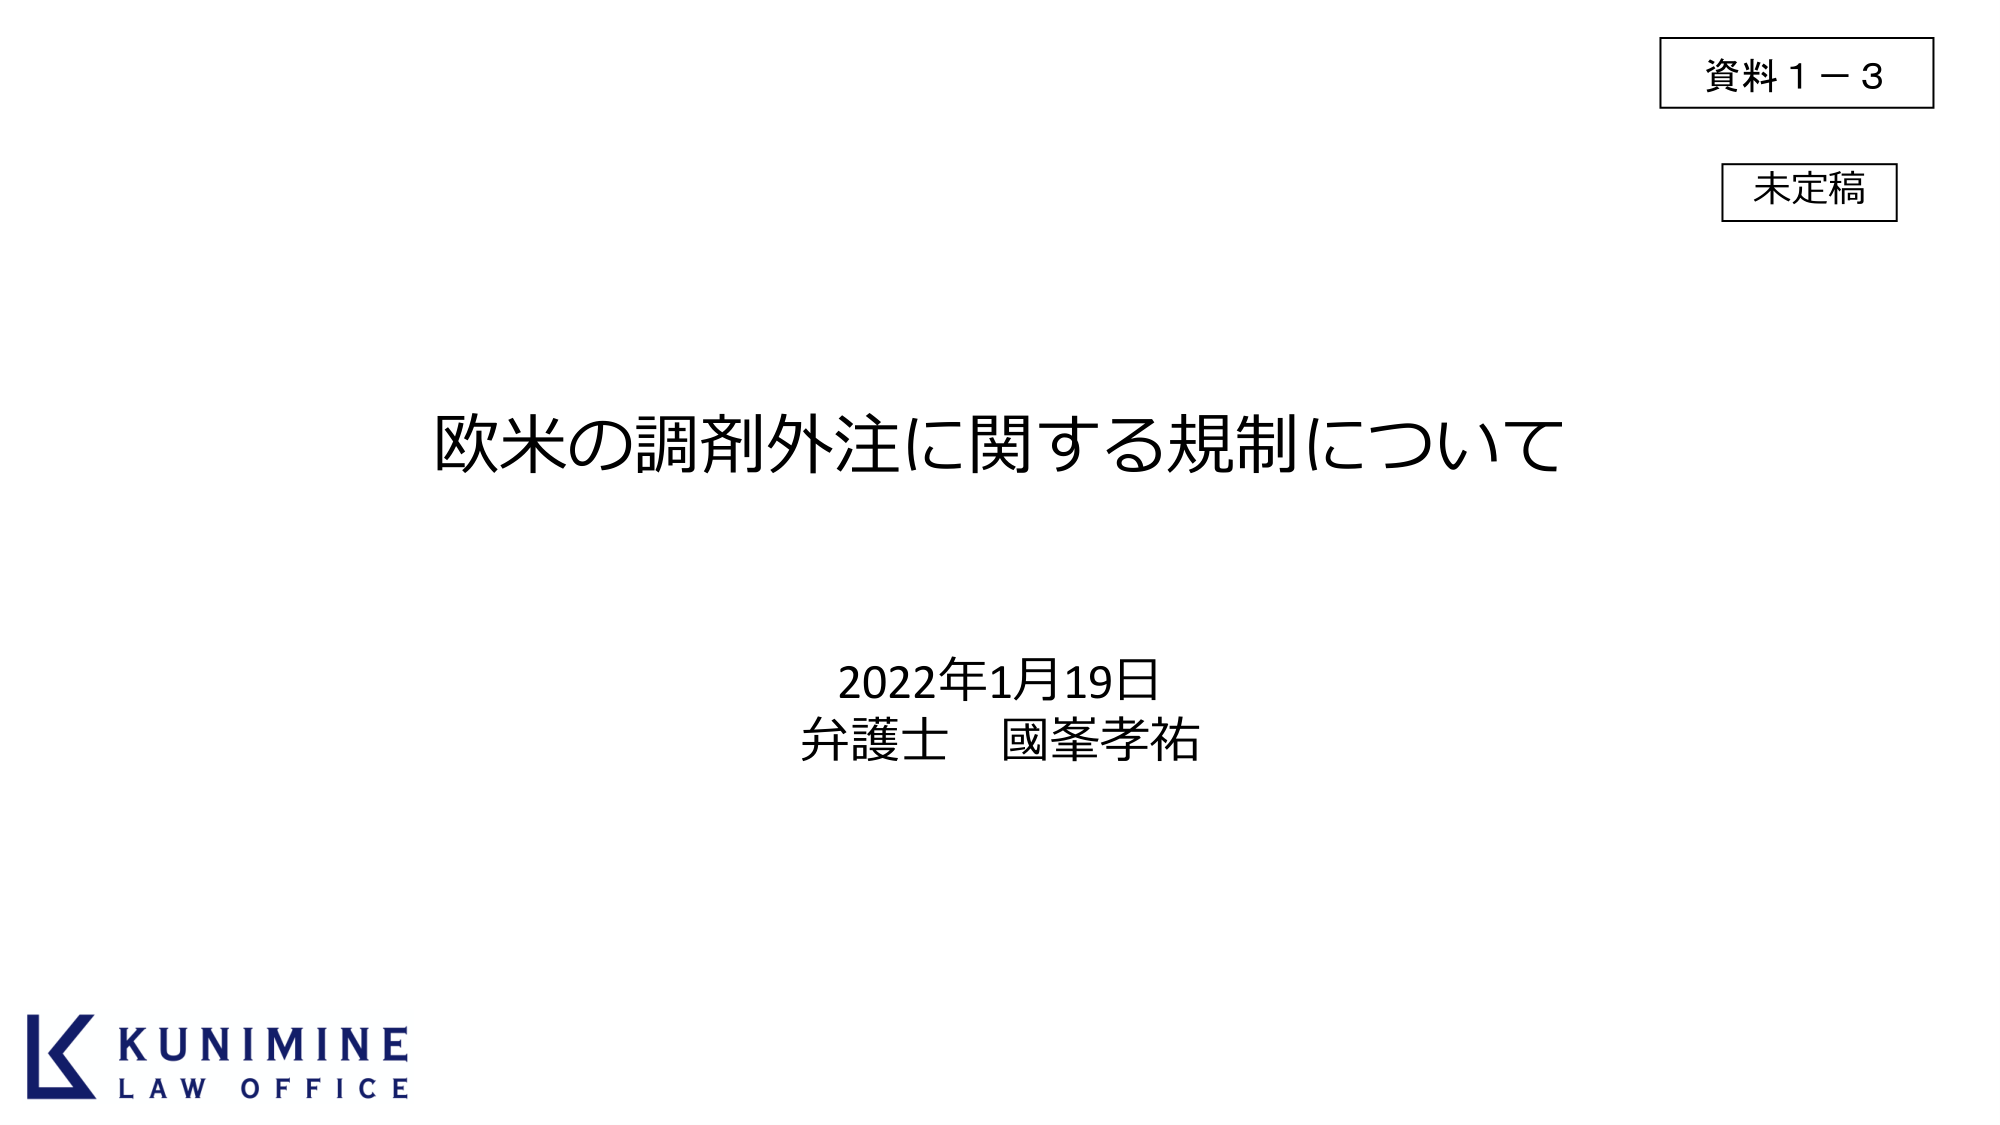
資料１－３
未定稿

欧米の調剤外注に関する規制について

2022年1月19日
弁護士 國峯孝祐

KUNIMINE
LAW OFFICE